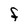
Character: F